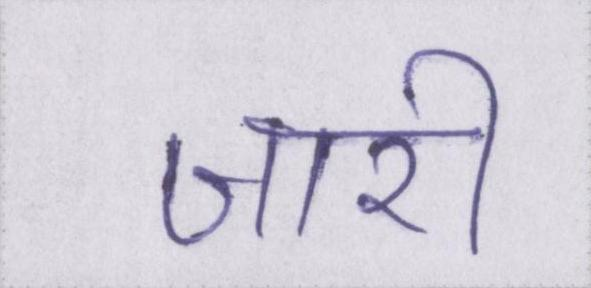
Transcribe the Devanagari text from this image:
जारी